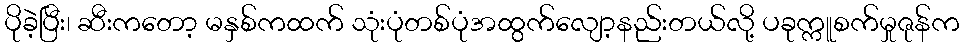
ပိုခဲ့ပြီး၊ ဆီးကတော့ မနှစ်ကထက် သုံးပုံတစ်ပုံအထွက်လျော့နည်းတယ်လို့ ပခုက္ကူစက်မှုဇုန်က